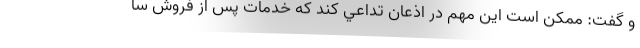
و گفت: ممكن است اين مهم در اذعان تداعي كند كه خدمات پس از فروش سا